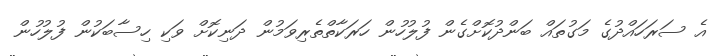
އެ ސަރަހައްދުގެ މަގުތައް ބަންދުކޮށްގެން ފުލުހުން ހަރަކާތްތެރިވަމުން ދަނިކޮށް ވަކި ހިސާބަކުން ފުލުހުން